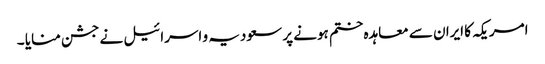
امریکہ کا ایران سے معاہدہ ختم ہونے پر سعودیہ و اسرائیل نے جشن منایا ۔